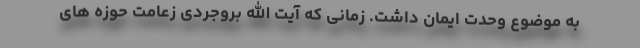
به موضوع وحدت ایمان داشت. زمانی که آیت الله بروجردی زعامت حوزه های